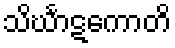
သိင်္ဃာဋကောတိ